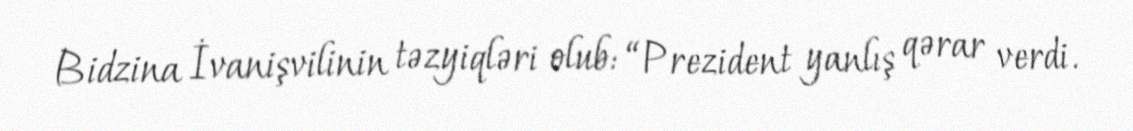
Bidzina İvanişvilinin təzyiqləri olub: “Prezident yanlış qərar verdi.